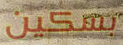
بسكين